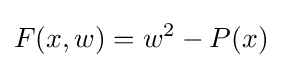
F(x,w)=w^{2}-P(x)